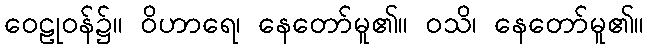
ဝေဠုဝန်၌။ ဝိဟာရေ၊ နေတော်မူ၏။ ဝသိ၊ နေတော်မူ၏။